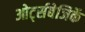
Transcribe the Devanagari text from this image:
ओर्ट्सबेजिर्के